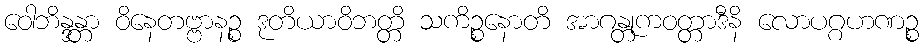
ဝေါဘိန္ဒန္တာ ဝိနေတဗ္ဗာနဉ္စ ဒုတိယာဝိဘတ္တိ သကိဉ္စနောတိ အာဂန္တုကဝတ္တာဒီနိ လောပဂ္ဂဟဏဉ္စ